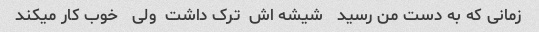
زمانی که به دست من رسید   شیشه اش  ترک داشت  ولی   خوب کار میکند